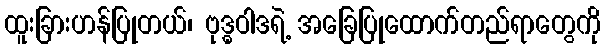
ထူးခြားဟန်ပြုတယ်၊ ဗုဒ္ဓဝါဒရဲ့ အခြေပြုထောက်တည်ရာတွေကို